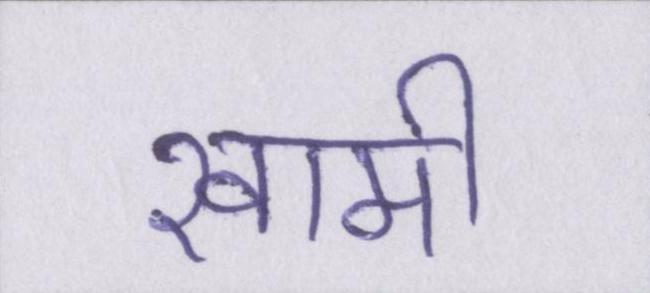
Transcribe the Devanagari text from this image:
खामी